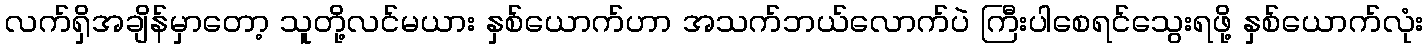
လက်ရှိအချိန်မှာတော့ သူတို့လင်မယား နှစ်ယောက်ဟာ အသက်ဘယ်လောက်ပဲ ကြီးပါစေရင်သွေးရဖို့ နှစ်ယောက်လုံး